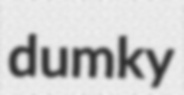
dumky